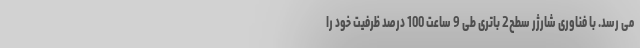
می رسد. با فناوری شارژر سطح2 باتری طی 9 ساعت 100 درصد ظرفیت خود را